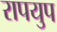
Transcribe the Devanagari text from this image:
रापयुप